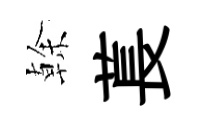
𠏉萇